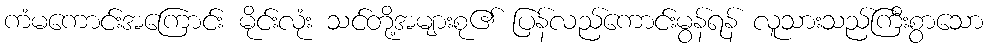
ကံမကောင်းအကြောင်း မိုင်းလုံး သင်တို့အများစု၏ ပြန်လည်ကောင်းမွန်ရန် လူသားသည်ကြီးစွာသော